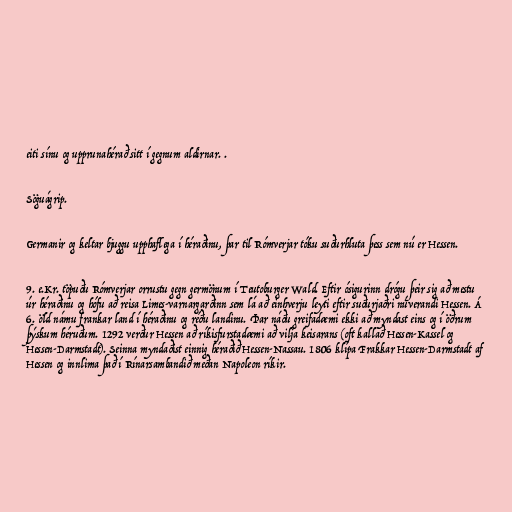
eiti sínu og upprunahérað sitt í gegnum aldirnar. .

Söguágrip.

Germanir og keltar bjuggu upphaflega í héraðinu, þar til Rómverjar tóku suðurhluta þess sem nú er Hessen.

9. e.Kr. töpuðu Rómverjar orrustu gegn germönum í Teutoburger Wald. Eftir ósigurinn drógu þeir sig að mestu
úr héraðinu og hófu að reisa Limes-varnargarðinn sem lá að einhverju leyti eftir suðurjaðri núverandi Hessen. Á
6. öld námu frankar land í héraðinu og réðu landinu. Þar náðu greifadæmi ekki að myndast eins og í öðrum
þýskum héruðum. 1292 verður Hessen að ríkisfurstadæmi að vilja keisarans (oft kallað Hessen-Kassel og
Hessen-Darmstadt). Seinna myndaðist einnig héraðið Hessen-Nassau. 1806 klípa Frakkar Hessen-Darmstadt af
Hessen og innlima það í Rínarsambandið meðan Napoleon ríkir.